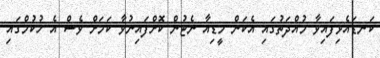
ކަނޑައެޅިފައިވާ މުއްދަތުގައި އެކަން މީޑިއާ ނެޓުން ކޮށްފައިނުވާ ކަމަށް ވެސް އެ ހުކުމްގައި